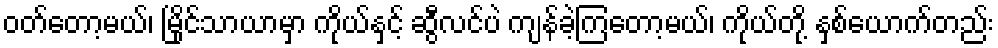
ဝတ်တော့မယ်၊ မြိုင်သာယာမှာ ကိုယ်နှင့် ဆွီလင်ပဲ ကျန်ခဲ့ကြတော့မယ်၊ ကိုယ်တို့ နှစ်ယောက်တည်း